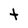
Character: t